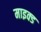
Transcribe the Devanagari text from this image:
माइक्ड